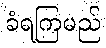
ခံရကြမည်